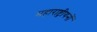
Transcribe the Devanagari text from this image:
महाराष्ट्रीयनों